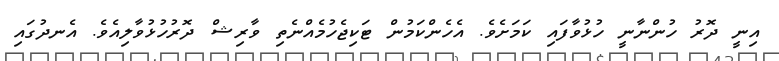
އިނީ ދޮރު ހުންނާނީ ހުޅުވާފައި ކަމަށެވެ. އެހެންކަމުން ޓަކިޖެހުމެއްނެތި ވާރިޝް ދޮރުހުޅުވާލިއެވެ. އެނދުގައި